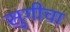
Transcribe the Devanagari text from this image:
सुगीचा